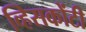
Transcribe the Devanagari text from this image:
व्हिसकोंटी